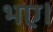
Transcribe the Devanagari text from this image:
भए।